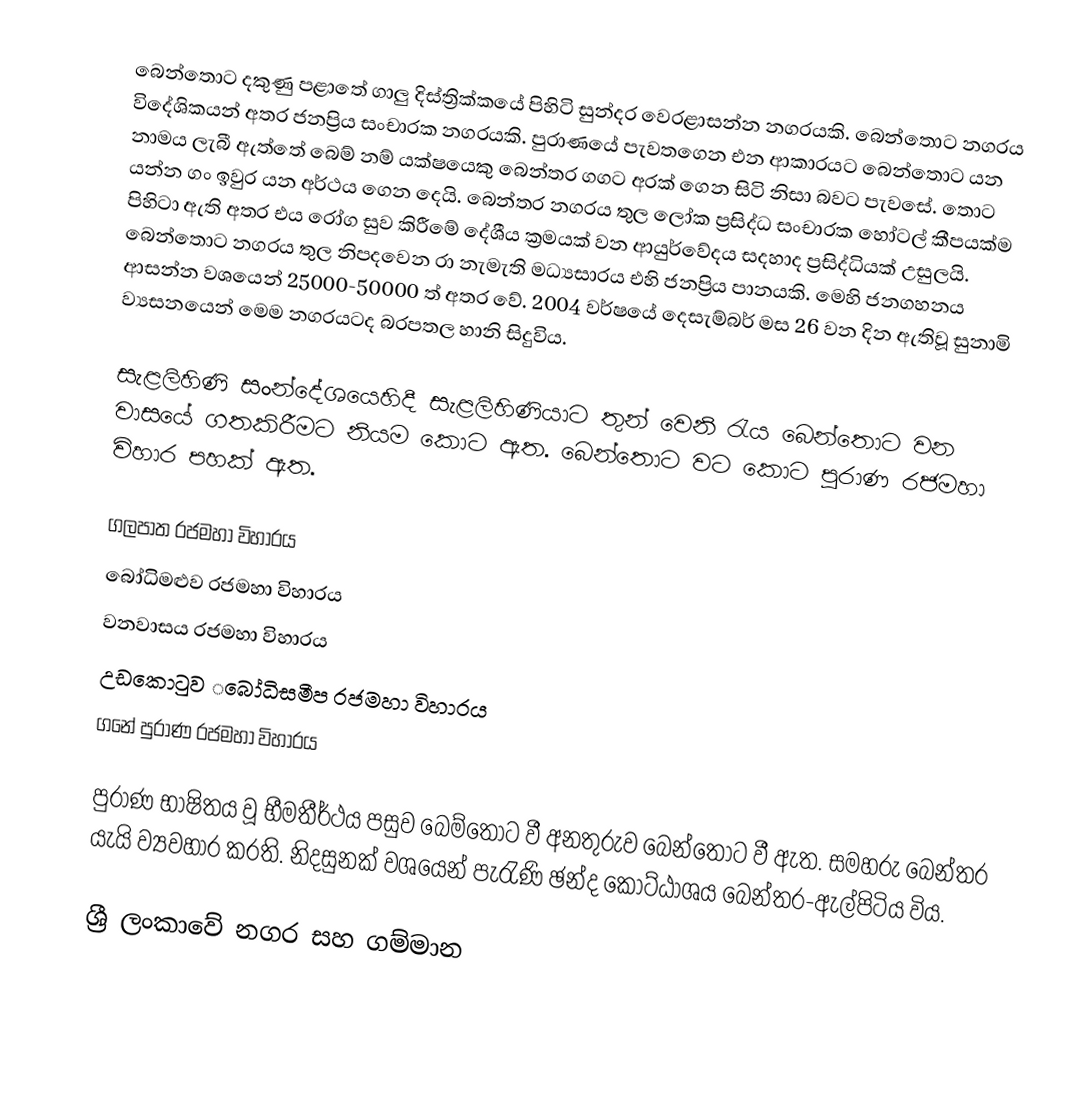
බෙන්තොට දකුණු පළාතේ ගාලු දිස්ත්‍රික්කයේ පිහිටි සුන්දර වෙරළාසන්න නගරයකි. බෙන්තොට නගරය විදේශිකයන් අතර ජනප්‍රිය සංචාරක නගරයකි. පුරාණයේ පැවතගෙන එන ආකාරයට බෙන්තොට යන නාමය ලැබී ඇත්තේ බෙම් නම් යක්ෂයෙකු බෙන්තර ගගට අරක්‍ ගෙන සිටි නිසා බවට පැවසේ. තොට යන්න ගං ඉවුර යන අර්ථය ගෙන දෙයි. බෙන්තර නගරය තුල ලෝක ප්‍රසිද්ධ සංචාරක හෝටල් කීපයක්ම පිහිටා ඇති අතර එය රෝග සුව කිරීමේ දේශීය ක්‍රමයක් වන ආයුර්වේදය සදහාද ප්‍රසිද්ධියක් උසුලයි. බෙන්තොට නගරය තුල නිපදවෙන රා නැමැති මධ්‍යසාරය එහි ජනප්‍රිය පානයකි. මෙහි ජනගහනය ආසන්න වශයෙන් 25000-50000 ත් අතර ‍වේ. 2004 වර්ෂයේ දෙසැම්බර් මස 26 වන දින ඇතිවූ සුනාමි ව්‍යසනයෙන් මෙම නගරයටද බරපතල හානි සිදුවිය.

සැළලිහිණි සංන්දේශයෙහිදී සැළලිහිණියාට තුන් වෙනි රැය බෙන්තොට වන වාසයේ ගතකිරීමට නියම කොට ඇත. බෙන්තොට වට කොට පුරාණ රජමහා විහාර පහක් ඇත.

 ගලපාත රජමහා විහාරය
 බෝධිමළුව රජමහා විහාරය
 වනවාසය රජමහා විහාරය
 උඩකොටුව ‌‌බෝධිසමීප රජමහා විහාරය
 ගනේ පුරාණ රජමහා විහාරය

පුරාණ භාෂිතය වූ භීමතීර්ථය පසුව බෙම්තොට වී අනතුරුව බෙන්තොට වී ඇත. සමහරු බෙන්තර යැයි ව්‍යවහාර කරති. නිදසුනක් වශයෙන් පැරැණි ඡන්ද කොට්ඨාශය බෙන්තර-ඇල්පිටිය විය.

ශ්‍රී ලංකාවේ නගර සහ ගම්මාන